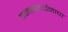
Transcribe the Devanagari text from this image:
वनसंवर्धनाचा